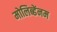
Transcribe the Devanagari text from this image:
मोलिब्डेंनम